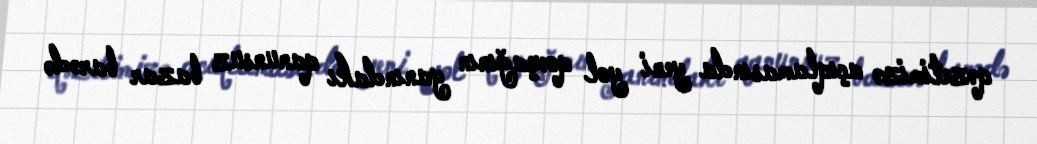
qəzetimizə açıqlamasında yeni yol qovşağının yanındakı qanunsuz bazar barədə